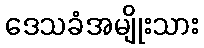
ဒေသခံအမျိုးသား